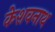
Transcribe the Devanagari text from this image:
केशवनाथ